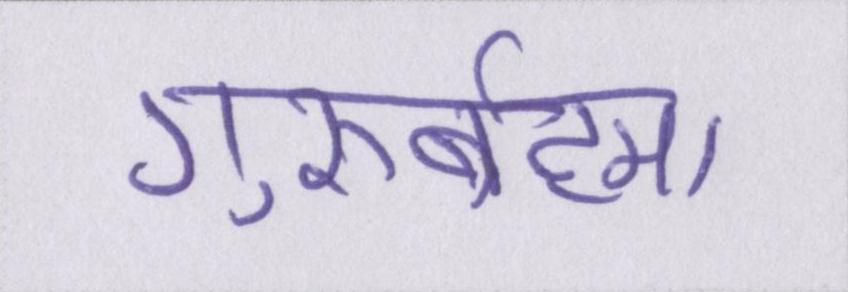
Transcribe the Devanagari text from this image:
गुरुर्ब्रह्मा